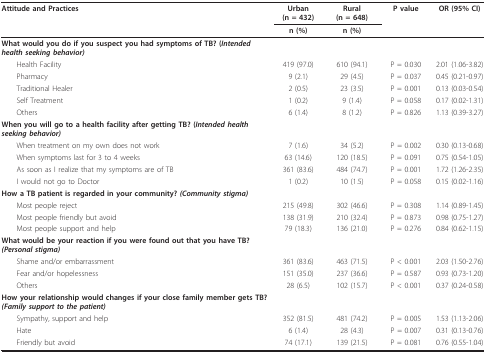
<table><thead><tr><td><b>Attitude and Practices</b></td><td><b>Urban(n = 432)</b></td><td><b>Rural(n = 648)</b></td><td><b>P value</b></td><td><b>OR (95% CI)</b></td></tr><tr><td></td><td><b>n (%)</b></td><td><b>n (%)</b></td><td></td><td></td></tr></thead><tbody><tr><td><b>What would you do if you suspect you had symptoms of TB? (<i>Intended health seeking behavior)</i></b></td><td></td><td></td><td></td><td></td></tr><tr><td> Health Facility</td><td>419 (97.0)</td><td>610 (94.1)</td><td>P = 0.030</td><td>2.01 (1.06-3.82)</td></tr><tr><td> Pharmacy</td><td>9 (2.1)</td><td>29 (4.5)</td><td>P = 0.037</td><td>0.45 (0.21-0.97)</td></tr><tr><td> Traditional Healer</td><td>2 (0.5)</td><td>23 (3.5)</td><td>P = 0.001</td><td>0.13 (0.03-0.54)</td></tr><tr><td> Self Treatment</td><td>1 (0.2)</td><td>9 (1.4)</td><td>P = 0.058</td><td>0.17 (0.02-1.31)</td></tr><tr><td> Others</td><td>6 (1.4)</td><td>8 (1.2)</td><td>P = 0.826</td><td>1.13 (0.39-3.27)</td></tr><tr><td><b>When you will go to a health facility after getting TB? (<i>Intended health seeking behavior)</i></b></td><td></td><td></td><td></td><td></td></tr><tr><td> When treatment on my own does not work</td><td>7 (1.6)</td><td>34 (5.2)</td><td>P = 0.002</td><td>0.30 (0.13-0.68)</td></tr><tr><td> When symptoms last for 3 to 4 weeks</td><td>63 (14.6)</td><td>120 (18.5)</td><td>P = 0.091</td><td>0.75 (0.54-1.05)</td></tr><tr><td> As soon as I realize that my symptoms are of TB</td><td>361 (83.6)</td><td>484 (74.7)</td><td>P = 0.001</td><td>1.72 (1.26-2.35)</td></tr><tr><td> I would not go to Doctor</td><td>1 (0.2)</td><td>10 (1.5)</td><td>P = 0.058</td><td>0.15 (0.02-1.16)</td></tr><tr><td><b>How a TB patient is regarded in your community? <i>(Community stigma)</i></b></td><td></td><td></td><td></td><td></td></tr><tr><td> Most people reject</td><td>215 (49.8)</td><td>302 (46.6)</td><td>P = 0.308</td><td>1.14 (0.89-1.45)</td></tr><tr><td> Most people friendly but avoid</td><td>138 (31.9)</td><td>210 (32.4)</td><td>P = 0.873</td><td>0.98 (0.75-1.27)</td></tr><tr><td> Most people support and help</td><td>79 (18.3)</td><td>136 (21.0)</td><td>P = 0.276</td><td>0.84 (0.62-1.15)</td></tr><tr><td><b>What would be your reaction if you were found out that you have TB? <i>(Personal stigma)</i></b></td><td></td><td></td><td></td><td></td></tr><tr><td> Shame and/or embarrassment</td><td>361 (83.6)</td><td>463 (71.5)</td><td>P &lt; 0.001</td><td>2.03 (1.50-2.76)</td></tr><tr><td> Fear and/or hopelessness</td><td>151 (35.0)</td><td>237 (36.6)</td><td>P = 0.587</td><td>0.93 (0.73-1.20)</td></tr><tr><td> Others</td><td>28 (6.5)</td><td>102 (15.7)</td><td>P &lt; 0.001</td><td>0.37 (0.24-0.58)</td></tr><tr><td><b>How your relationship would changes if your close family member gets TB? <i>(Family support to the patient)</i></b></td><td></td><td></td><td></td><td></td></tr><tr><td> Sympathy, support and help</td><td>352 (81.5)</td><td>481 (74.2)</td><td>P = 0.005</td><td>1.53 (1.13-2.06)</td></tr><tr><td> Hate</td><td>6 (1.4)</td><td>28 (4.3)</td><td>P = 0.007</td><td>0.31 (0.13-0.76)</td></tr><tr><td> Friendly but avoid</td><td>74 (17.1)</td><td>139 (21.5)</td><td>P = 0.081</td><td>0.76 (0.55-1.04)</td></tr></tbody></table>